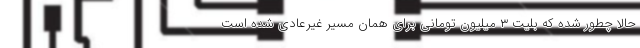
حالا چطور شده که بلیت ۳ میلیون تومانی برای همان مسیر غیرعادی شده است